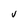
Character: V